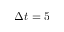
\Delta t = 5